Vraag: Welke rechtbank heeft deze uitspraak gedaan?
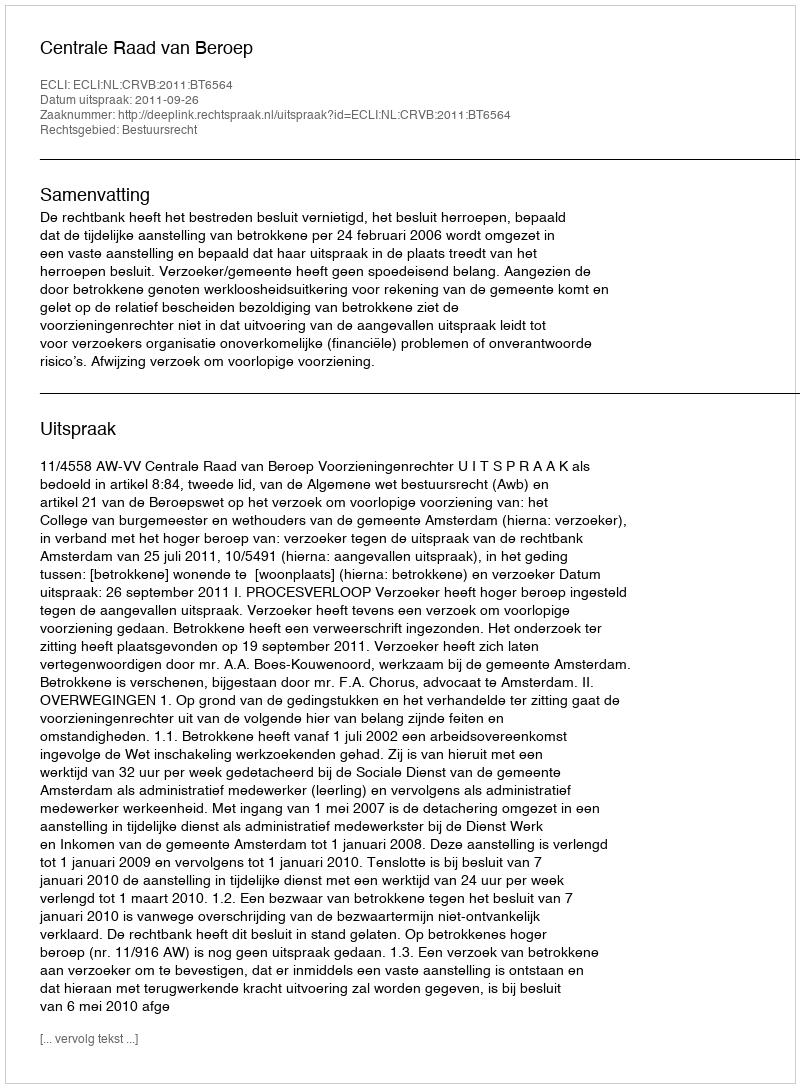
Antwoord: Centrale Raad van Beroep